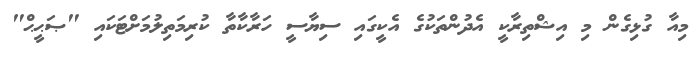
މިއާ ގުޅިގެން މި އިޝްތިރާކީ އެދުންތަކުގެ އެކީގައި ސިޔާސީ ހަރާކާތާ ކުރިމަތިލުމަށްޓަކައި "ޞަޙީޙް"